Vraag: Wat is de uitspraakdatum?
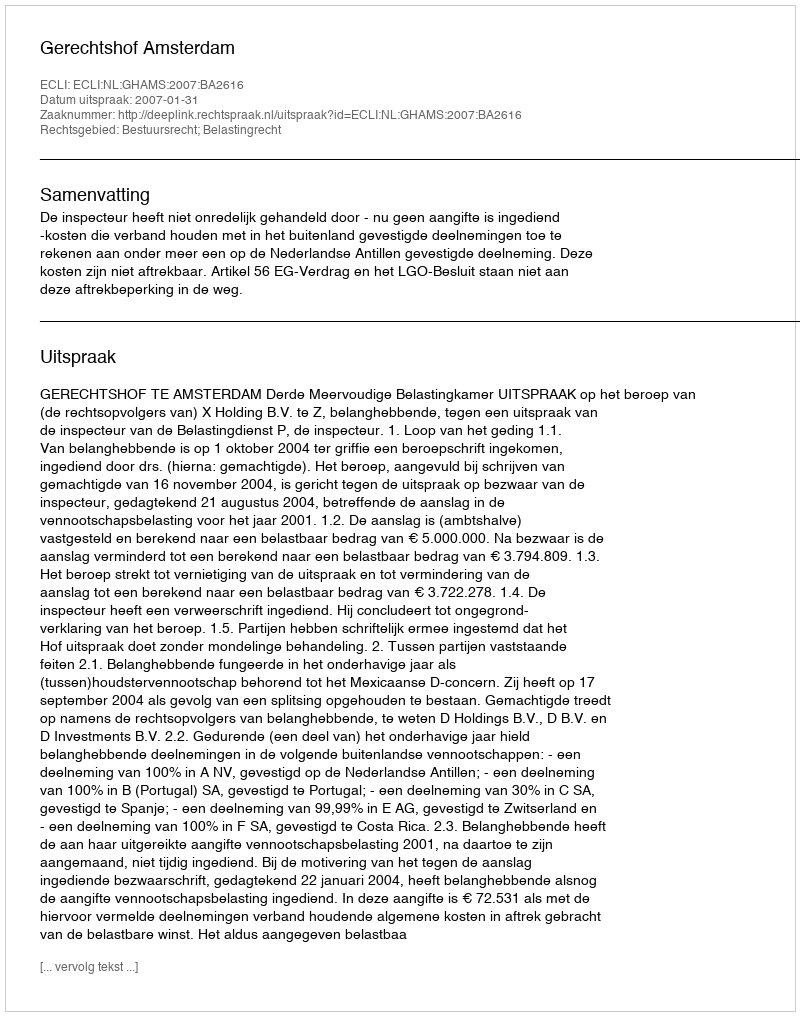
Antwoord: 2007-01-31